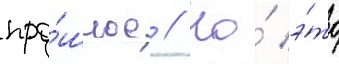
про́шлое // Но́ э́то